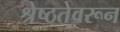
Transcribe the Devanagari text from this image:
श्रेष्ठतेवरून